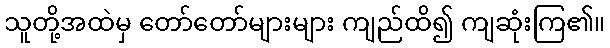
သူတို့အထဲမှ တော်တော်များများ ကျည်ထိ၍ ကျဆုံးကြ၏။